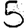
Digit: 5